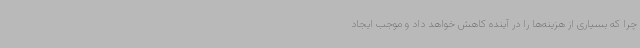
چرا که بسیاری از هزینه‌ها را در آینده کاهش خواهد داد و موجب ایجاد